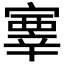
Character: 𡫊